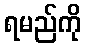
ရမည်ကို